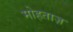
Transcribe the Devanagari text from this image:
मोहताज़